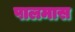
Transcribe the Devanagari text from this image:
पालमास